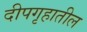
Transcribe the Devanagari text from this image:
दीपगृहातील